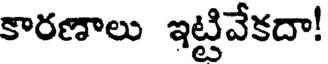
కారణాలు ఇట్టివేకదా!